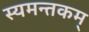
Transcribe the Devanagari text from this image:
स्यमन्तकम्